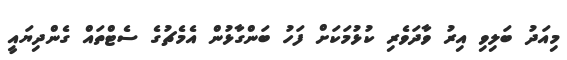
މިއަދު ބަލިވި އިރު ވާދަވެރި ކުޅުމަކަށް ފަހު ބަންގާޅުން އެމެޗުގެ ސެޓްތައް ގެންދިޔައީ